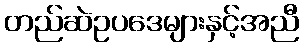
တည်ဆဲဥပဒေများနှင့်အညီ